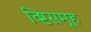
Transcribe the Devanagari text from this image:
व्ष्टिसमूह